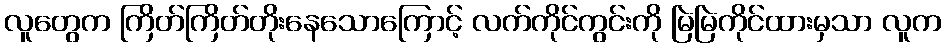
လူတွေက ကြိတ်ကြိတ်တိုးနေသောကြောင့် လက်ကိုင်ကွင်းကို မြဲမြဲကိုင်ထားမှသာ လူက